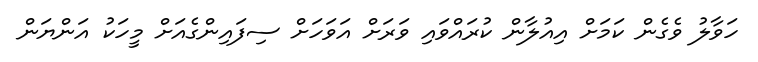
ހަވާލު ވެގެން ކަމަށް އިއުލާން ކުރައްވައި ވަރަށް އަވަހަށް ސިފައިންގެއަށް މީހަކު އަންޔަން